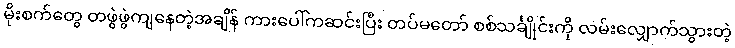
မိုးစက်တွေ တဖွဲဖွဲကျနေတဲ့အချိန် ကားပေါ်ကဆင်းပြီး တပ်မတော် စစ်သင်္ချိုင်းကို လမ်းလျှောက်သွားတဲ့